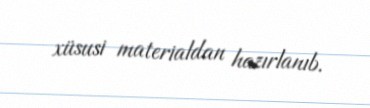
xüsusi materialdan hazırlanıb.